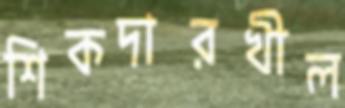
শিকদারখীল